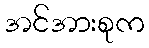
အင်အားစုက